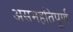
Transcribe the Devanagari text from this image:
असमहतिपूर्ण